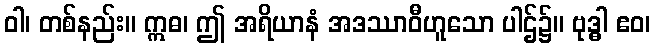
ဝါ၊ တစ်နည်း။ ဣဓ၊ ဤ အရိယာနံ အဒဿာဝီဟူသော ပါဌ်၌။ ဗုဒ္ဓါ ဧဝ၊